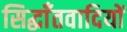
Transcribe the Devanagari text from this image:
सिद्धाँतवादियों